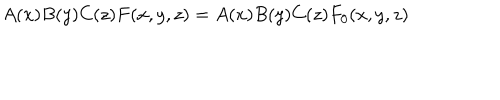
A ( x ) B ( y ) C ( z ) F ( x , y , z ) = A ( x ) B ( y ) C ( z ) F _ { 0 } ( x , y , z )